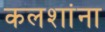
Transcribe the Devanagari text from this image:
कलशांना